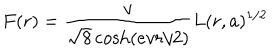
F ( r ) = \frac { v } { \sqrt 8 \cosh ( e v r / 2 ) } L ( r , a ) ^ { 1 / 2 }